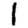
Digit: 1